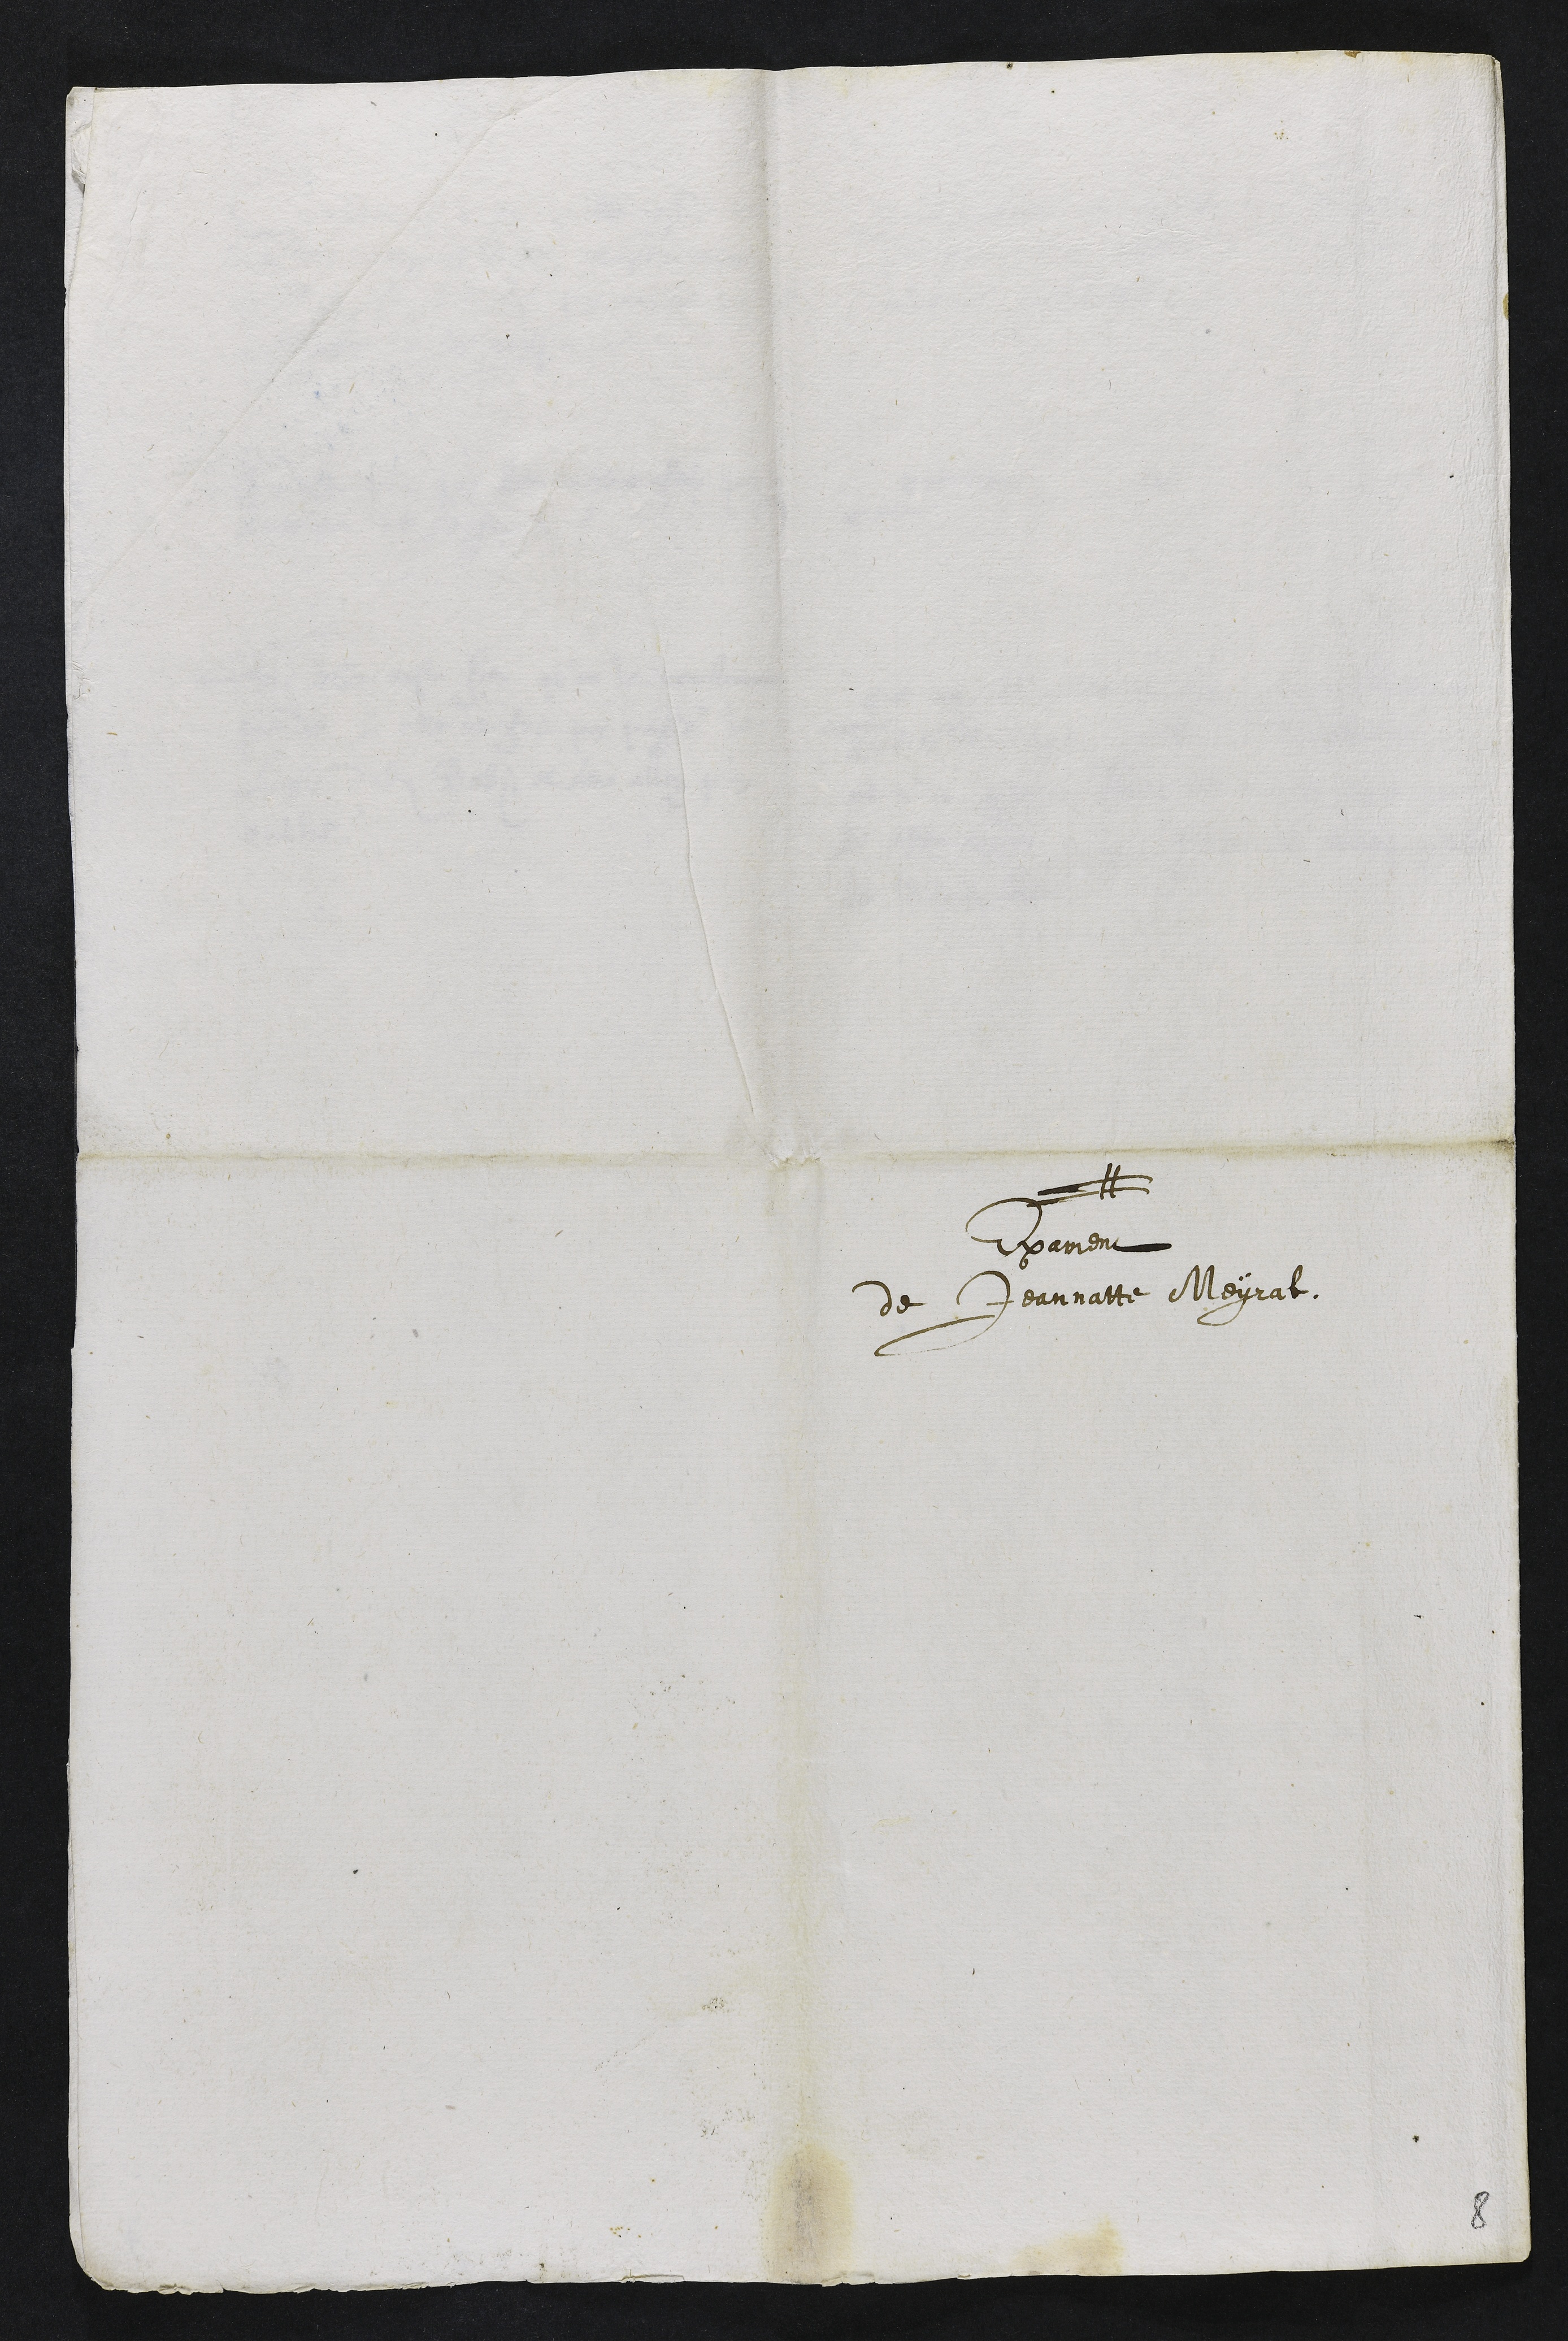
Exament
de Jeannatte Meyrat
8